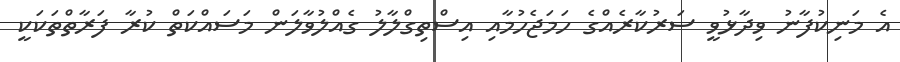
އެ މަނިކުފާނު ވިދާޅުވީ ސަރުކާރެއްގެ ހަމަޖެހުމާއި އިސްތިގްލާލު ގެއްލުވާލަން މަސައްކަތް ކުރާ ފަރާތްތަކަކީ